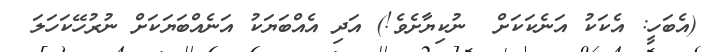
(އެބަހީ: އެކަކު އަނެކަކަށް  ނުކިޔާށެވެ!) އަދި އެއްބަޔަކު އަނެއްބަޔަކަށް ނުރުހޭކަހަލަ